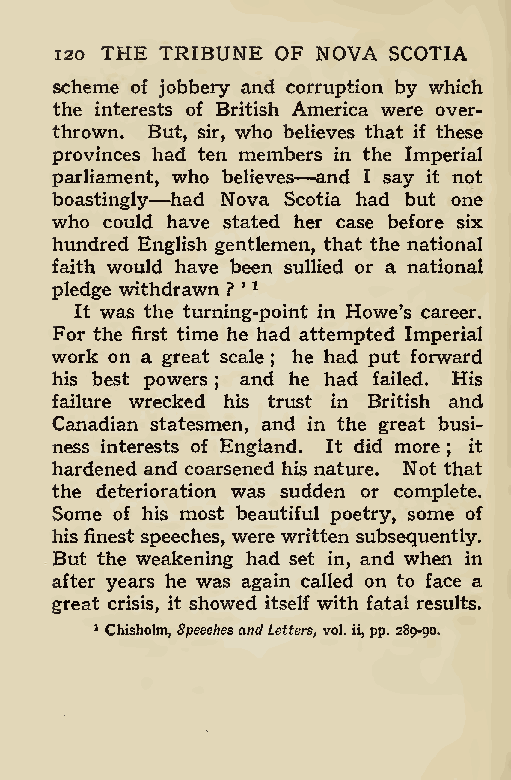
120 THE TRIBUNE OF NOVA SCOTIA
 scheme of jobbery and corruption by which
 the interests of British America were over-
 thrown. But, sir, who believes that if these
 provinces had ten members in the Imperial
 parliament, who believes—and I say it not
 boastingly—had Nova Scotia had but one
 who could have stated her case before six
 hundred English gentlemen, that the national
 faith would have been sullied or a national
 pledge withdrawn ? ’ 1
 It was the turning-point in Howe’s career.
 For the first time he had attempted Imperial
 work on a great scale he had put forward
 ;
 his best powers and he had failed. His
 ;
 failure wrecked his trust in British and
 Canadian statesmen, and in the great busi-
 ness interests of England. It did more it
 ;
 hardened and coarsened his nature. Not that
 the deterioration was sudden or complete.
 Some of his most beautiful poetry, some of
 his finest speeches, were written subsequently.
 But the weakening had set in, and when in
 after years he was again called on to face a
 great crisis, it showed itself with fatal results.
 1 Chisholm,SpeechesandLetters, vol. ii,pp. 289-90,